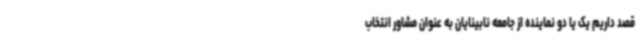
قصد داریم یک یا دو نماینده از جامعه نابینایان به عنوان مشاور انتخاب